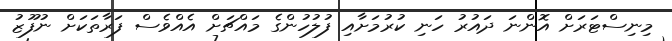
މިނިސްޓަރަށް އޮންނަ ދައުރު ހަނި ކުރުމަށާއި ފުލުހުންގެ މައްޗަށް އެއްވެސް ފަރާތަކަށް ނުފޫޒު